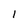
Character: 1